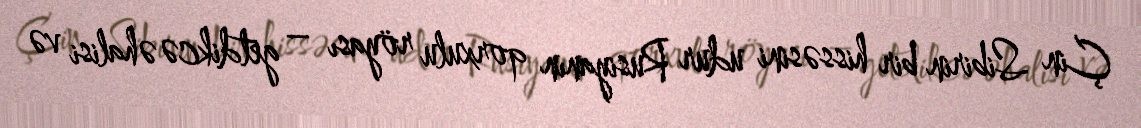
Çin Sibirin bir hissəsini udur Rusiyanın qorxulu röyası – getdikcə əhalisi və